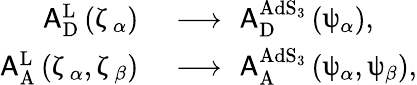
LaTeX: \begin{array}{rl}{\mathsf{A}_{\mathrm{D}}^{\mathrm{L}}\left(\upzeta_{\alpha}\right)}&{\, \, \longrightarrow\, \, \mathsf{A}_{\mathrm{D}}^{\mathrm{AdS}_{3}}\left(\uppsi_{\alpha}\right),}\\ {\mathsf{A}_{\mathrm{A}}^{\mathrm{L}}\left(\upzeta_{\alpha},\upzeta_{\beta}\right)}&{\, \, \longrightarrow\, \, \mathsf{A}_{\mathrm{A}}^{\mathrm{AdS}_{3}}\left(\uppsi_{\alpha},\uppsi_{\beta}\right),}\end{array}